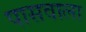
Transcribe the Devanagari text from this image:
पासवाला